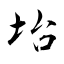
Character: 坮